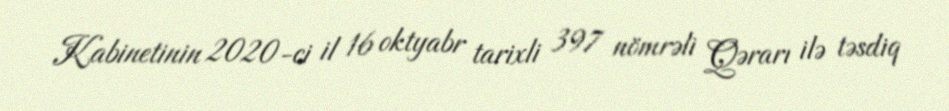
Kabinetinin 2020-ci il 16 oktyabr tarixli 397 nömrəli Qərarı ilə təsdiq